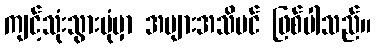
ကျင့်သုံးသွားပုံမှာ အများအသိပင် ဖြစ်ပါသည်။